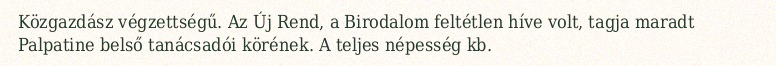
Közgazdász végzettségű. Az Új Rend, a Birodalom feltétlen híve volt, tagja maradt Palpatine belső tanácsadói körének. A teljes népesség kb.